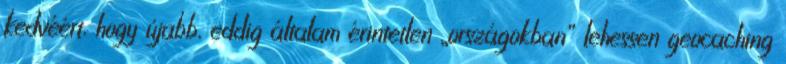
kedvéért, hogy újabb, eddig általam érintetlen „országokban” lehessen geocaching